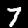
Digit: 7